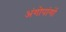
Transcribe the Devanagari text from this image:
अंगोपांगों